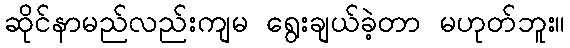
ဆိုင်နာမည်လည်းကျမ ရွေးချယ်ခဲ့တာ မဟုတ်ဘူး။